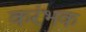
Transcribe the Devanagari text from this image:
करंभक